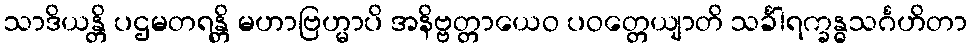
သာဒိယန္တိ ပဌမတရန္တိ မဟာဗြဟ္မာပိ အနိဗ္ဗတ္တာယေဝ ပဝတ္တေယျာတိ သင်္ခါရက္ခန္ဓသင်္ဂဟိတာ